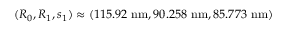
( R _ { 0 } , R _ { 1 } , s _ { 1 } ) \approx ( 1 1 5 . 9 2 \ \mathrm { n m } , 9 0 . 2 5 8 \ \mathrm { n m } , 8 5 . 7 7 3 \ \mathrm { n m } )